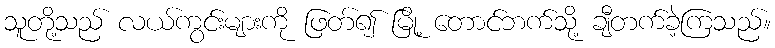
သူတို့သည် လယ်ကွင်းများကို ဖြတ်၍ မြို့ တောင်ဘက်သို့ ချီတက်ခဲ့ကြသည်။